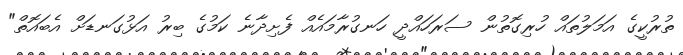
ތުރުކީގެ އަމަލުތައް ހުރިގޮތުން ސަރަހައްދީ ހަނގުރާމައެއް ފެށިދާނެ ކަމުގެ ބިރު އަޅުގަނޑަށް އެބައޮތް"